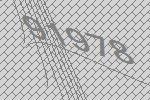
91978